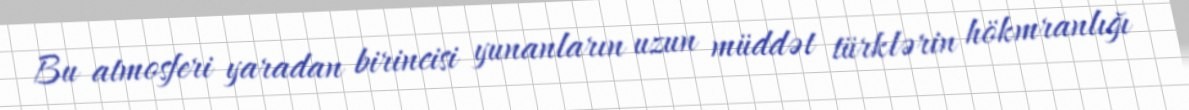
Bu atmosferi yaradan birincisi yunanların uzun müddət türklərin hökmranlığı